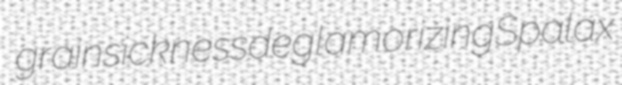
grainsickness deglamorizing Spalax